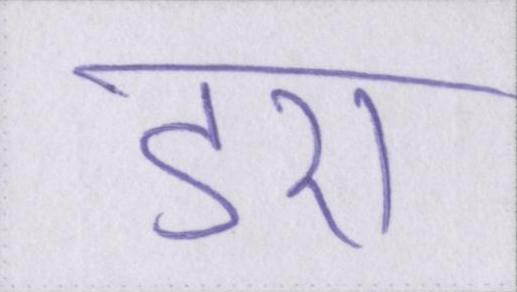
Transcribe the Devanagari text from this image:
डरा